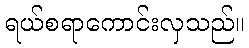
ရယ်စရာကောင်းလှသည်။